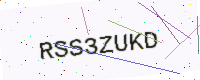
Text: RSS3ZUKD